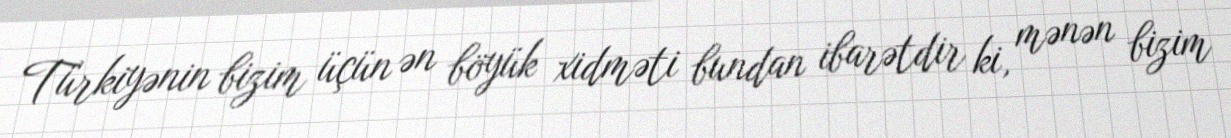
Türkiyənin bizim üçün ən böyük xidməti bundan ibarətdir ki, mənən bizim